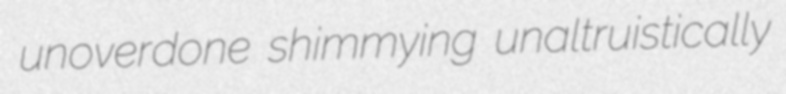
unoverdone shimmying unaltruistically